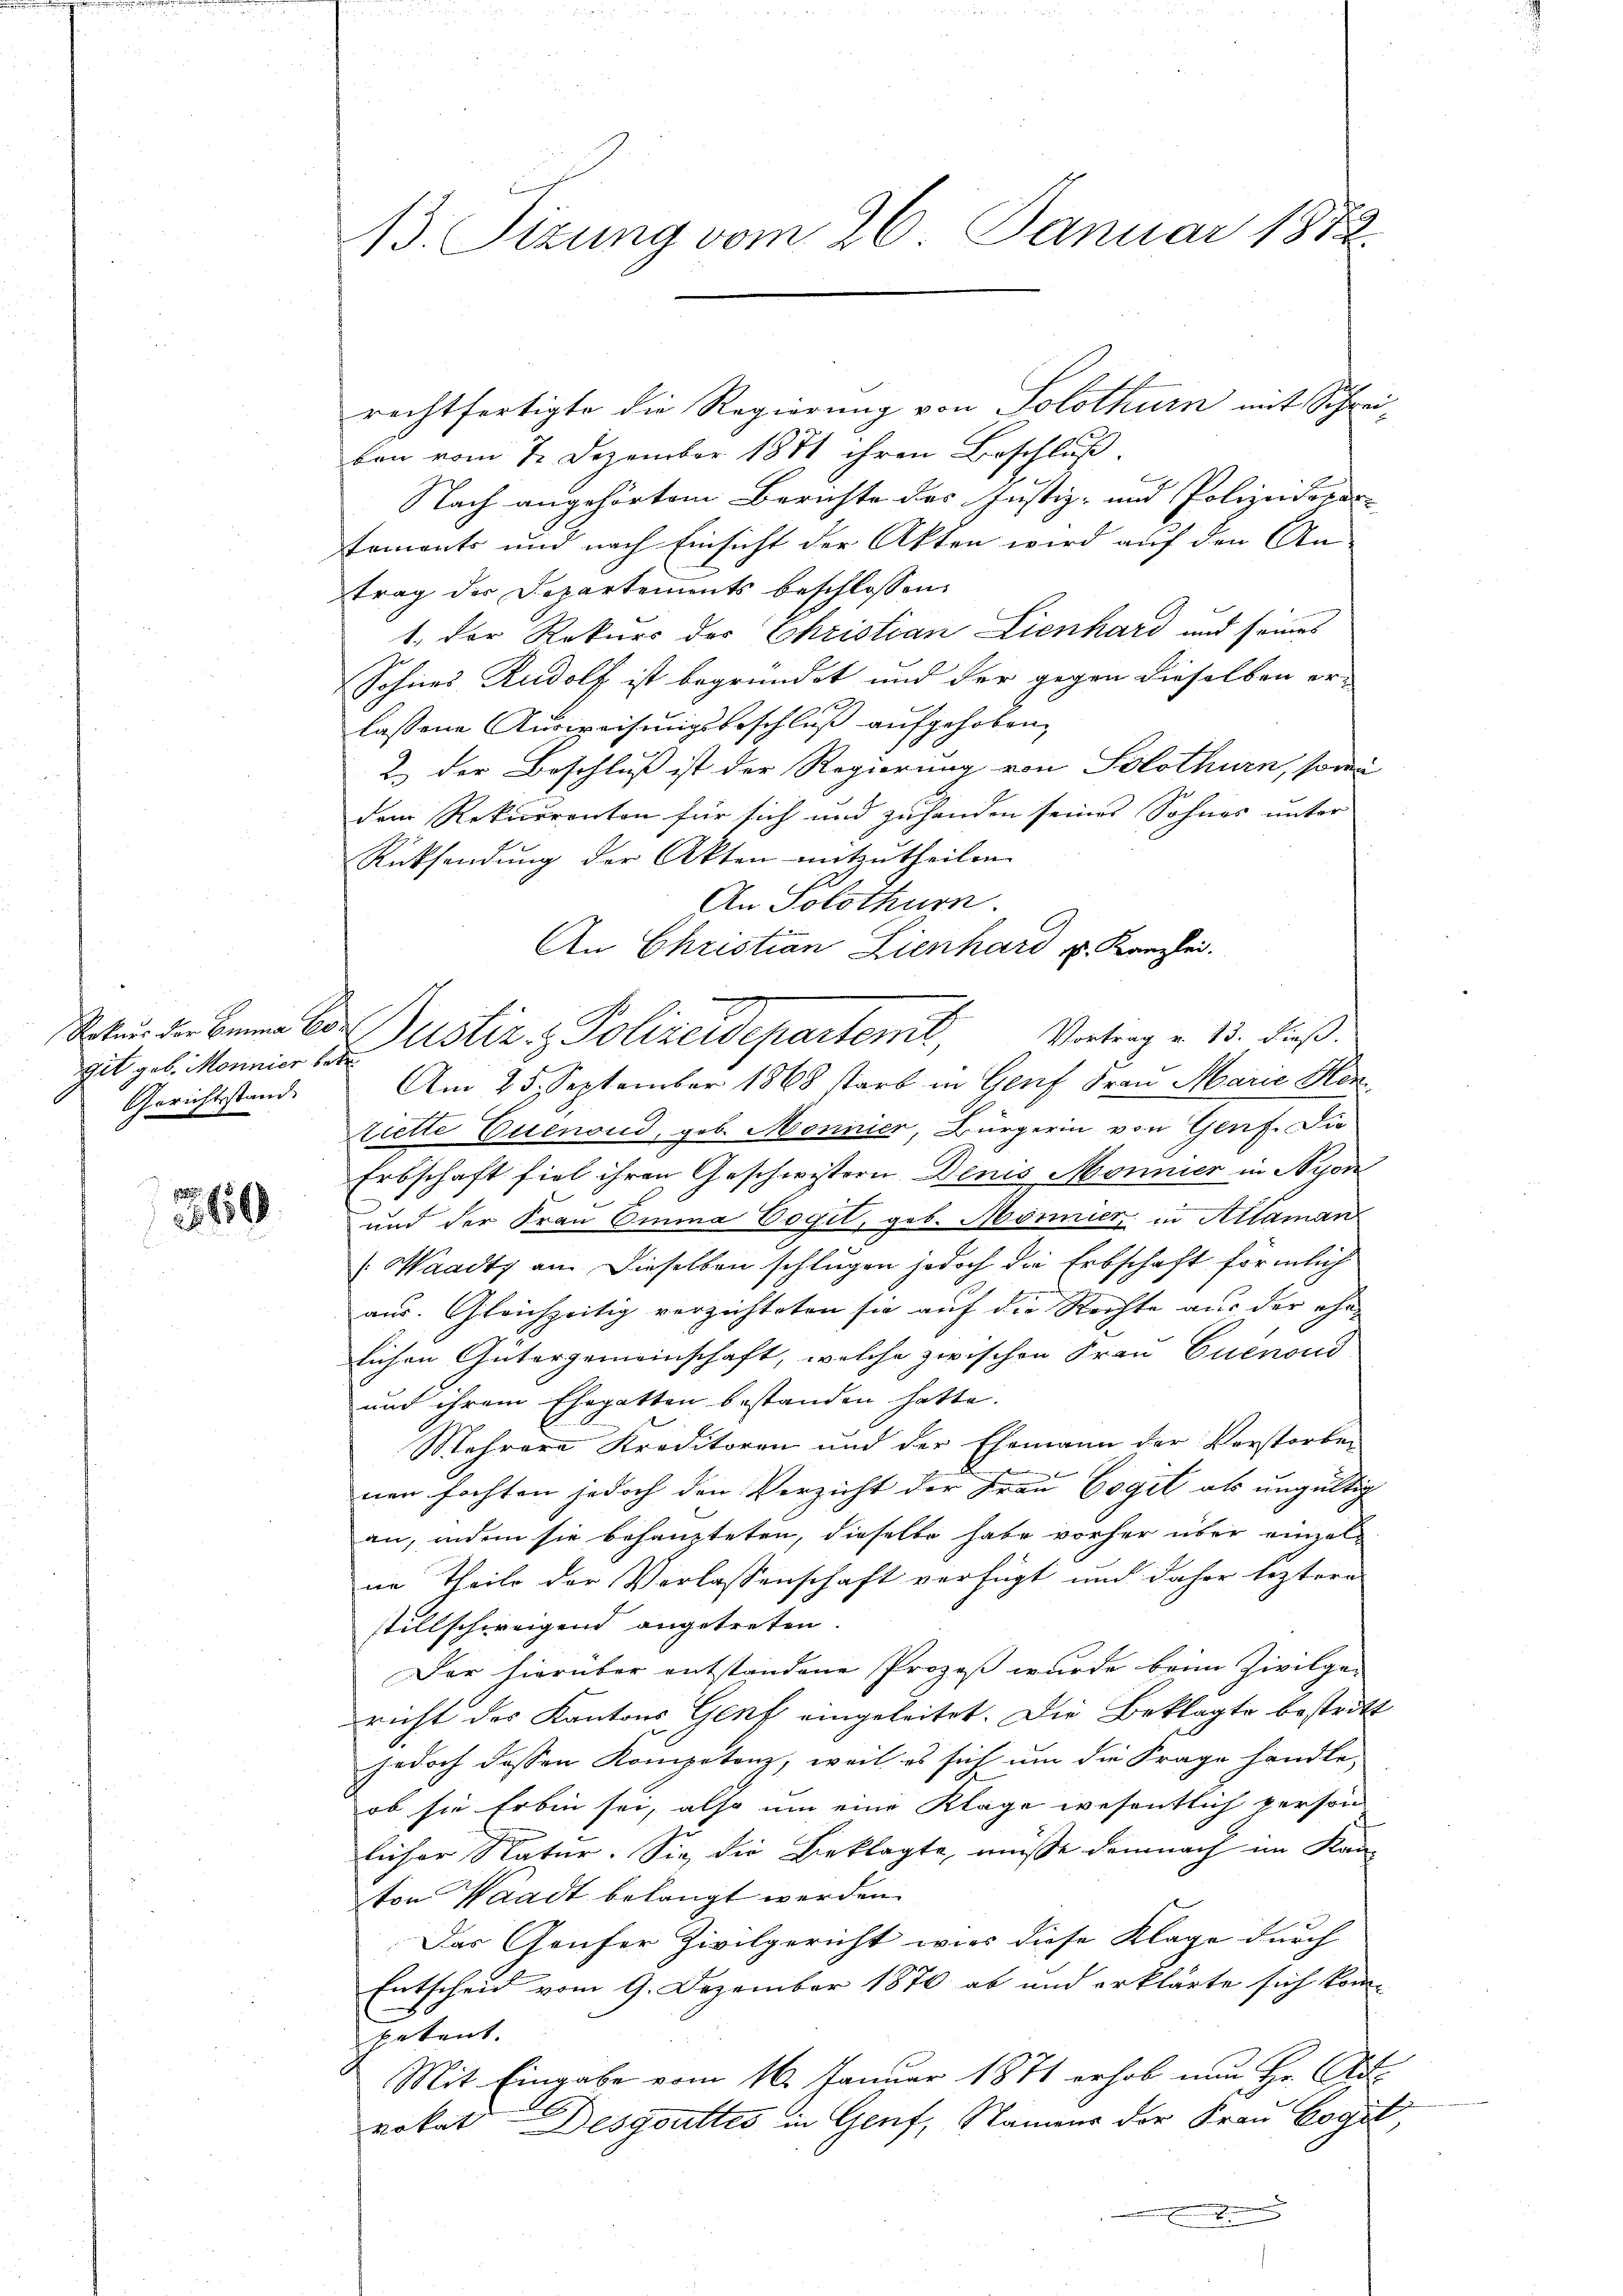
git geb. Monnier betr.
Gerichtsstand

369

B. Sizung vom 26. Januar 1872.

rechtfertigte die Regierung von Solothurn mit Schrei-
ben vom 7. Dezember 1881 ihren Beschluß.
Nach angehörtem Berichte des Justiz- und Polizeidiren
sements und nach Einsicht der Akten wird auf den An-
trag der Departements beschlossen:
1. Der Rekurs des Christian Lienhard und seines
Sohnes Rudolf ist begründet und der gegen dieselben er-
x
lassene Ausweisungsbeschluß aufgehoben,
2.) Der Beschluß ist der Regierung von Solothurn, sowie
dem Rekurrenten für sich und zuhanden seines Sohnes unter
Rücksendung der Akten mitzutheilen.
An Solothurn.
An Christian Lienhard u. Kanzlei.
okan der Benne vor Justiz- & Polizeidepartenit
Vortrag v. 13. dieß.
Am 25. September 1868 starb in Genf Frau Marie Her
Ziette Euenoud, geb. Monnier, Bürgerin von Genf. Die
Erbschaft fiel ihren Geschwistern Denis Monnier in Nyon
und der Frau Emma Cogil, geb. Moricz in Altaman
Waadt an dieselben schlugen jedoch die Erbschaft förmlich
aus. Gleichzeitig verzichteten sie auf die Rechte aus der ehe-
lichen Gütergemeinschaft, welche zwischen Frau Cuenoud
und ihrem Ehegatten bestanden hatte.
Mehrere Kreditoren und der Ehemann der Verstorben
B
nen fochten jedoch den Verzicht der Frau Vogel als ungültig
an, indem sie behaupteten, dieselbe habe vorher über einzelne Theile der Verlassenschaft verfügt und daher leztern
stillschweigend angetreten
Der hierüber entstandene Prozeß wurde beim Zivilge-
richt des Kantons Genf eingeleitet. Die Beklagte bestritt
jedoch dessen Kompetenz, weil es sich um die Frage handle,
ob sie Erbin sei, also um eine Klage wesentlich person
licher Natur. Sie die Beklagte, müsse demnach im Kan-
ton Waadt belangt werden.
Das Genfer Zivilgericht wies diese Klage durch |
Entscheid vom 9. Dezember 1870 ab und erklärte sich kompetent.
Mit Eingabe vom 16. Januar 1871 erhob nun Hr. Ad
rokat Desgottes in Genf, Namens der Frau Vogel,
E